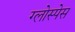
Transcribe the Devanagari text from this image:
ग्लोस्पेस